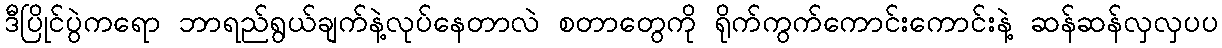
ဒီပြိုင်ပွဲကရော ဘာရည်ရွယ်ချက်နဲ့လုပ်နေတာလဲ စတာတွေကို ရိုက်ကွက်ကောင်းကောင်းနဲ့ ဆန်ဆန်လှလှပပ